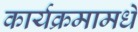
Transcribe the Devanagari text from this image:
कार्यक्रमामधे